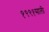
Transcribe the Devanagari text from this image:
१९९१साली